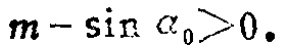
\(m - \sin \alpha_{0}>0\)